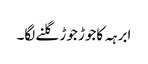
ابرہہ کاجوڑ جوڑ گلنے لگا۔